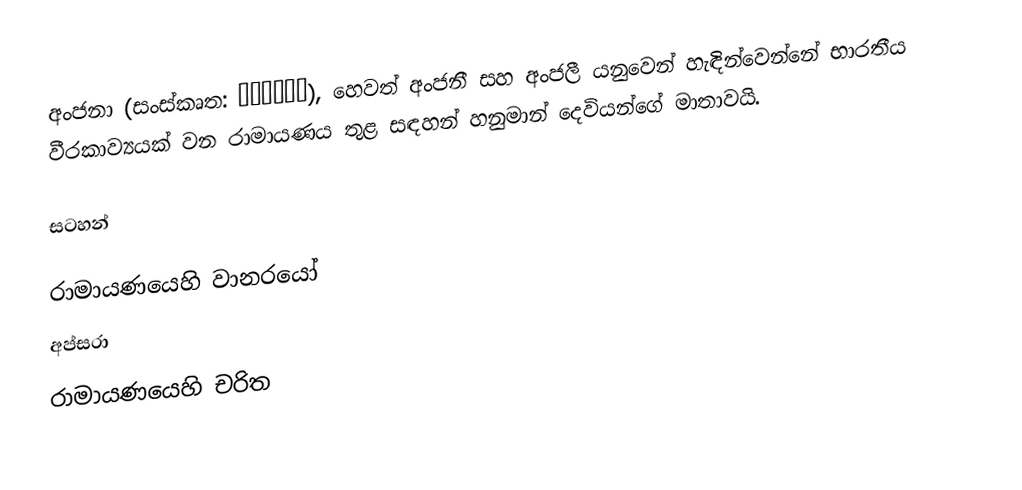
අංජනා (සංස්කෘත: अञ्जना), හෙවත් අංජනී සහ අංජලී යනුවෙන් හැඳින්වෙන්නේ භාරතීය වීරකාව්‍යයක් වන රාමායණය තුළ සඳහන් හනුමාන් දෙවියන්ගේ මාතාවයි.

සටහන්

රාමායණයෙහි වානරයෝ
අප්සරා
රාමායණයෙහි චරිත